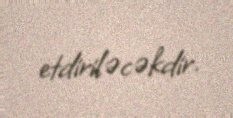
etdiriləcəkdir.